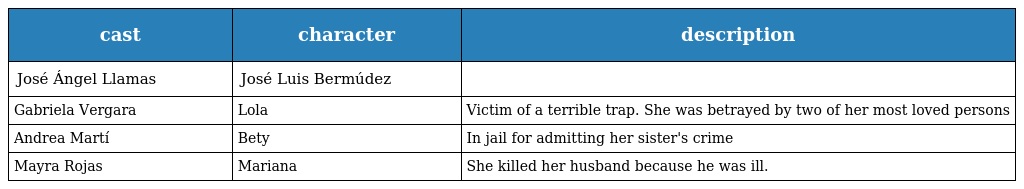
| cast | character | description |
 | --- | --- | --- |
 | José Ángel Llamas | José Luis Bermúdez |  |
 | Gabriela Vergara | Lola | Victim of a terrible trap. She was betrayed by two of her most loved persons |
 | Andrea Martí | Bety | In jail for admitting her sister's crime |
 | Mayra Rojas | Mariana | She killed her husband because he was ill. |